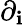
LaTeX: \partial_{\mathbf{i}}